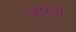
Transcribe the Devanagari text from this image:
वर्षअ